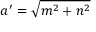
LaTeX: a ^ { \prime } = { \sqrt { m ^ { 2 } + n ^ { 2 } } }